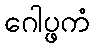
ဂေါပ္ဖကံ